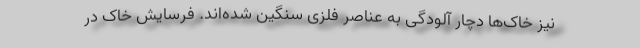
نیز خاک‌ها دچار آلودگی به عناصر فلزی سنگین شده‌اند. فرسایش خاک در